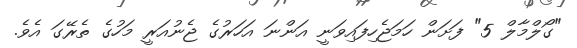
"ގޯލްމާލް 5" ފަށަން ހަމަޖެހިފައިވަނީ އަންނަ އަހަރުގެ ޖެނުއަރީ މަހުގެ ތެރޭގަ އެވެ.